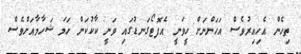
ތިހެން އެހިއިރުވެސް އަހަންނަށް ހީވަނީ އެފޮޓޯގަނޑުގައި ވަނީ ކާކުކަން ހަމަ ޝަހާމާއަށްވެސް